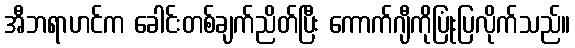
အီဘရာဟင်က ခေါင်းတစ်ချက်ညိတ်ပြီး ကောက်ဂျီကိုပြုံးပြလိုက်သည်။